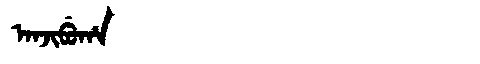
Manchu: ᠠᠨᠵᡳᠪᡠᡥᠠ
Romanization: ANJIBUHA